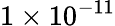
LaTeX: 1\times 10^{-11}